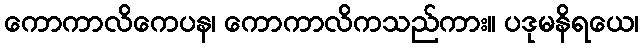
ကောကာလိကေပန၊ ကောကာလိကသည်ကား။ ပဒုမနိရယေ၊